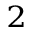
_ 2